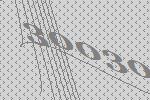
30030